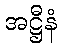
အဋ္ဌီနံ